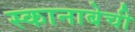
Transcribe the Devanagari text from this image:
स्कानाबेची